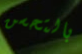
بالتحسن